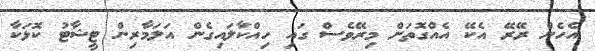
އެހެން ރޭރޭ އެކޭ އެއްގޮތަށް މިރޭވެސް ގައި ހިއްކާލައިގެން އަލަމާރިން ޓީޝާޓު ކޮޅަކާ